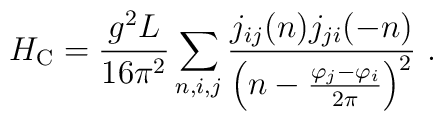
H_{\rm C} = \frac{g^2 L}{16 \pi^2} \sum_{n,i,j} \frac{j_{ij}(n)j_{ji}(-n)}{\left(  n-\frac{\varphi_j-\varphi_i}{2\pi}\right)^2} \ .